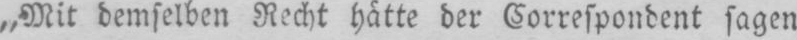
„Mit demselben Recht hätte der Correspondent sagen